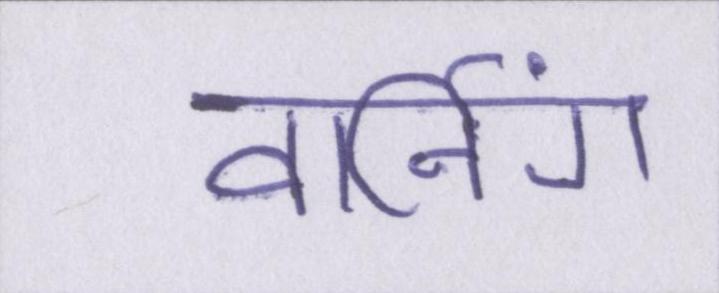
वार्निंग